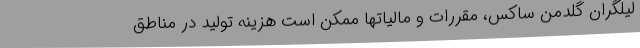
لیلگران گلدمن ساکس، مقررات و مالیاتها ممکن است هزینه تولید در مناطق